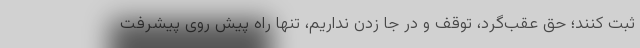
ثبت کنند؛ حق عقب‌گرد، توقف و در جا زدن نداریم، تنها راه پیش روی پیشرفت